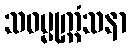
သဓမ္မုက္ကံသနာ